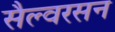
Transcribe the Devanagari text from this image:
सैल्वरसन